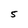
Character: 5